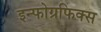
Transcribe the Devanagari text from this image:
इन्फोग्रफिक्स